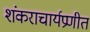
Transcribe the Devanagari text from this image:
शंकराचार्यप्रणीत